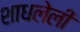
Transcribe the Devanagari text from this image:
शाधलेली